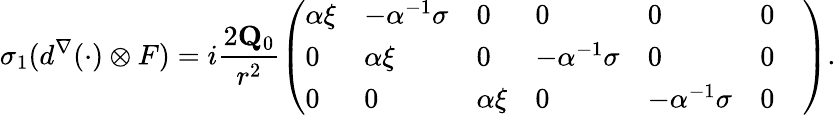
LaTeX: \sigma_{1}(d^{\nabla}(\cdot)\otimes F)=i\frac{2\mathbf{Q}_{0}}{r^{2}}\left(\begin{array}{lllllll}{\alpha\xi}&{-\alpha^{-1}\sigma}&{0}&{0}&{0}&{0}&\\ {0}&{\alpha\xi}&{0}&{-\alpha^{-1}\sigma}&{0}&{0}\\ {0}&{0}&{\alpha\xi}&{0}&{-\alpha^{-1}\sigma}&{0}\end{array}\right).